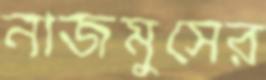
নাজমুসের